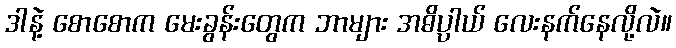
ဒါနဲ့ စောစောက မေးခွန်းတွေက ဘာများ အဓိပ္ပာယ် လေးနက်နေလို့လဲ။